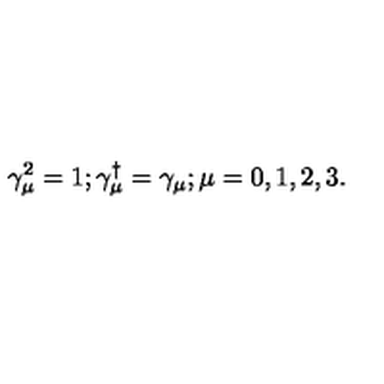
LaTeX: \gamma _ { \mu } ^ { 2 } = 1 ; \gamma _ { \mu } ^ { \dag } = \gamma _ { \mu } ; \mu = 0 , 1 , 2 , 3 .